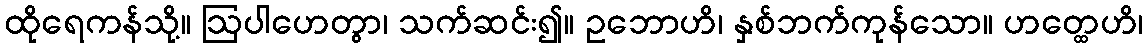
ထိုရေကန်သို့။ ဩပါဟေတွာ၊ သက်ဆင်း၍။ ဥဘောဟိ၊ နှစ်ဘက်ကုန်သော။ ဟတ္ထေဟိ၊